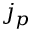
j _ { p }